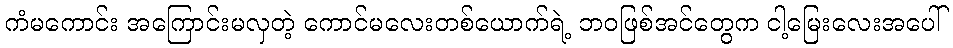
ကံမကောင်း အကြောင်းမလှတဲ့ ကောင်မလေးတစ်ယောက်ရဲ့ ဘဝဖြစ်အင်တွေက ငါ့မြေးလေးအပေါ်